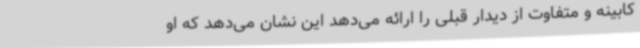
کابینه و متفاوت از دیدار قبلی را ارائه می‌دهد این نشان می‌دهد که او